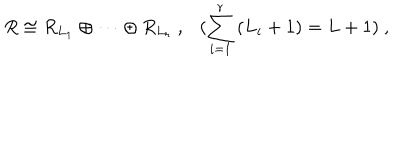
LaTeX: R \cong R _ { L _ { 1 } } \oplus \cdots \oplus R _ { L _ { r } } ~ , ( \sum _ { i = 1 } ^ { r } \, ( L _ { i } + 1 ) = L + 1 ) ~ ,